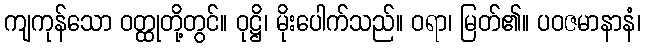
ကျကုန်သော ဝတ္ထုတို့တွင်။ ဝုဋ္ဌိ၊ မိုးပေါက်သည်။ ဝရာ၊ မြတ်၏။ ပဝဇမာနာနံ၊